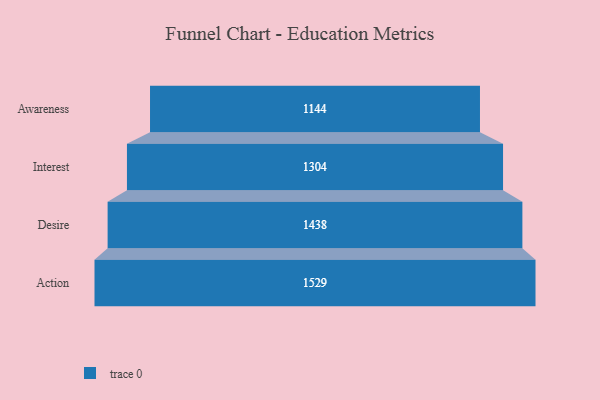
{"axis": {"x": "Stage", "y": "Value"}, "legend": [""], "data": [{"x": "Awareness", "y": 1144.0, "type": ""}, {"x": "Interest", "y": 1304.0, "type": ""}, {"x": "Desire", "y": 1438.0, "type": ""}, {"x": "Action", "y": 1529.0, "type": ""}]}